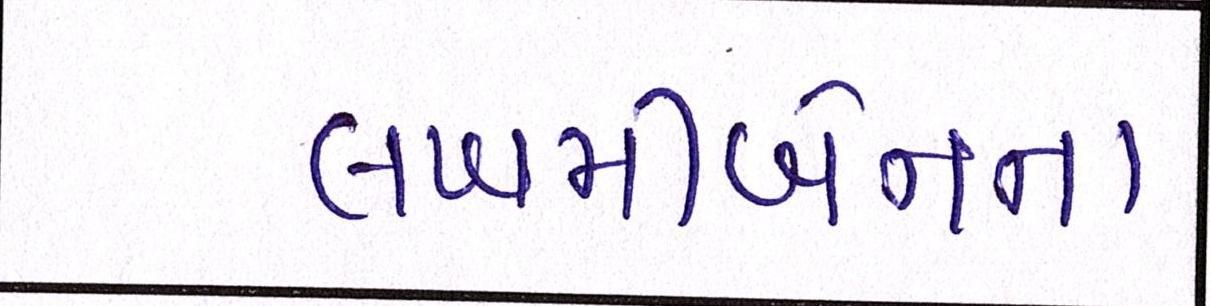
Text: લખમીબેનના